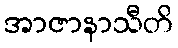
အာဇာနာသီတိ